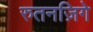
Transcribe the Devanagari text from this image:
रुतनज़िगे